Vaccine operations Central Provinces 1886-1899 - 1886-1899
Year: 1886
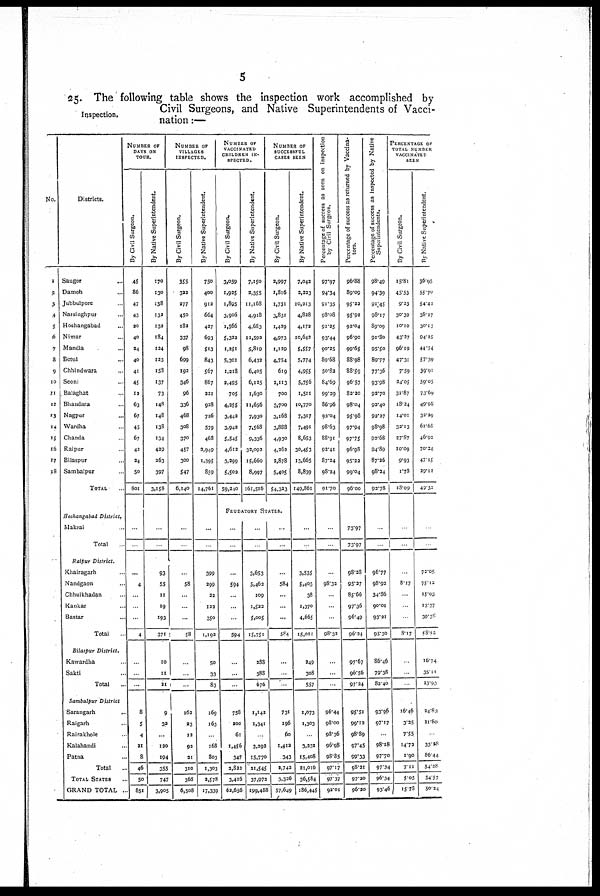
5
Inspection.
25. The following table shows the inspection work accomplished by
Civil Surgeons, and Native Superintendents of Vacci-
nation :—
No.
1
2
3
4
5
6
7
8
9
10
11
12
13
14
15
16
17
18
Districts.
Saugor
...
Damoh
...
Jubbulpore ...
Narsinghpur ...
Hoshangabad ...
Nimar ...
Mandla ...
Betul ...
Chhindwara ...
Seoni ...
Balaghat ...
Bhandara ...
Nagpur ...
Wardha ...
Chanda ...
Raipur ...
Bilaspur ...
Sambalpur ...
TOTAL ...
Hoshangabad District.
Makrai ...
Total ...
Raipur District.
Khairagarh ...
Nandgaon ...
Chhuikhadan ...
Kankar ...
Bastar ...
Total ...
Bilaspur
District.
Kawardha ...
Sakti ...
Total ...
Sambalpur District
Sarangarh
...
Raigarh ...
Rairakhole ...
Kalahandi ...
Patna ...
Total ...
TOTAL STATES ...
GRAND TOTAL ..
NUMBER OF
DAYS ON
TOUR.
By Civil Surgeon.
45
86
47
43
20
40
24
40
41
45
12
63
67
45
67
42
24
50
801
...
...
...
4
...
...
...
4
...
...
...
8
5
4
21
8
46
50
851
By Native Superintendent.
170
130
138
132
132
184
124
123
158
137
73
148
148
138
134
429
263
397
3,158
...
...
93
55
11
19
193
371
10
11
21
9
32
...
120
194
355
747
3,905
NUMBER OF
VILLAGES
INSPECTED.
By Civil Surgeon.
355
322
277
450
182
337
98
699
192
346
96
336
468
308
370
457
300
547
6,140
...
...
...
58
...
...
...
58
...
...
...
162
23
12
93
21
310
368
6,508
By Native Superintendent.
750
400
912
664
427
693
513
843
567
867
221
928
726
579
468
2,949
1,395
859
14,761
...
...
399
299
22
123
350
1,193
50
33
83
169
163
...
168
803
1,303
2,578
17,339
NUMBER OF
VACCINATED
CHILDREN IN-
SPECTED.
By Civil Surgeon.
3,059
1,925
1,895
3,906
1,566
5,322
1,251
5,301
1,218
3,495
705
4,255
3,442
3,942
5,545
4,612
3,299
5,502
59,240
By Native Superintendent.
7,150
3,355
11,168
4,918
4,683
11,592
5,819
6,432
6,405
6,125
1,630
11,656
7,930
7,568
9,336
32,092
15,660
8,997
161,516
NUMBER OF
SUCCESSFUL
CASES SEEN
By Civil Surgeon.
2,997
1,816
1,731
3,831
1,439
4,973
1,139
4,754
619
2,113
700
3,700
3,168
3,888
4,930
4,262
3,878
5,405
54,323
FEUDATORY STATES.
...
...
...
594
...
...
...
594
...
...
...
758
300
61
1,456
347
3,822
3,416
62,656
...
...
3,653
5,462
109
1,523
5,005
15,751
288
388
676
1,142
1,341
...
3,292
15,770
21,545
37,972
199,488
...
...
...
584
...
...
...
584
...
...
...
731
196
60
1,412
343
3,743
3,326
57,649
By Native Superintendent.
7,042
3,223
10,213
4,828
4,172
10,642
5,557
5,774
4,955
5,756
1,511
10,770
7,317
7,491
8,653
30,453
13,665
8,839
149,861
...
...
3,535
5,403
38
1,370
4,665
15,011
249
308
557
1,073
1,303
...
3,332
15,408
21,016
36,584
186,445
Percentage of success as seen on inspection
by Civil Surgeon.
97.97
94.34
91.35
98.08
91.25
93.44
90.25
89.68
50.82
84.69
99.29
86.96
92.04
98.63
88.91
92.41
87.34
98.24
91.70
...
...
...
98.32
...
...
...
98.32
...
...
...
96.44
98.00
98.36
96.98
98.85
97.17
97.37
92.01
Percentage of success as returned by Vaccina-
tors.
96.88
89.09
95.22
95.92
92.04
96.90
99.65
88.98
88.59
96.57
83.20
98.04
95.98
97.94
97.75
96.98
95.22
99.04
96.00
73.97
73.97
98.28
95.27
85.66
97.36
96.49
96.24
97.67
96.56
97.24
95.51
99.12
98.89
97.45
99.33
98.21
97.20
96.20
Percentage of success as inspected by Native
Superintendents.
98.49
94.39
91.45
98.17
89.09
91.80
95.50
89.77
77.36
93.98
92.70
92.40
92.27
98.98
92.68
94.89
87.26
98.24
92.78
...
...
96.77
98.92
34.86
90.01
93.21
95.30
86.46
79.38
82.40
93.96
97.17
...
98.18
97.70
97.34
96.34
93.46
PERCENTAGE OF
TOTAL NUMBER
VACCINATED
SEEN
By Civil Surgeon.
15.81
45.53
9.23
30.39
10.10
43.27
96.19
47.31
7.59
24.05
31.87
18.24
14.01
32.13
27.87
10.09
9.93
1.78
18.09
...
...
...
8.17
...
...
...
8.17
...
...
...
16.46
3.35
7.55
14.73
1.90
7.11
5.05
15.78
By Native Superintendent.
36.95
55.70
54.42
38.27
30.13
94.25
44.74
57.09
39.91
59.05
73.09
49.98
32.10
61.68
46.92
70.24
47.15
29.12
49.32
...
...
72.05
75.12
15.03
13.37
39.38
08.00
16.74
35.11
23.93
34.83
21.80
...
33.28
86.44
54.28
54.57
50.24